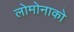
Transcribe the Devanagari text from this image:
लोमोनाको